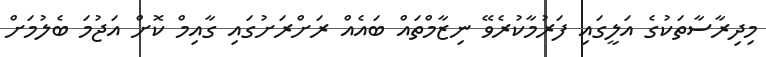
މިދިރާސާތަކުގެ އަލީގައި ފަރުމާކުރެވޭ ނިޒާމްތައް ބައެއް ރަށްރަށުގައި ގާއިމް ކޮށް އަޖުމަ ބެލުމަށް